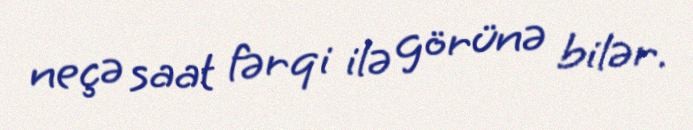
neçə saat fərqi ilə görünə bilər.